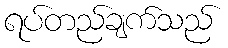
ရပ်တည်ချက်သည်